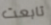
تابعت